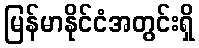
မြန်မာနိုင်ငံအတွင်းရှိ